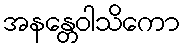
အနန္တေဝါသိကော